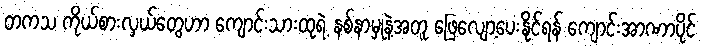
တကသ ကိုယ်စားလှယ်တွေဟာ ကျောင်းသားထုရဲ့ နစ်နာမှုနဲ့အတူ ဖြေလျော့ပေးနိုင်ရန် ကျောင်းအာဏာပိုင်